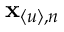
\mathbf { x } _ { \langle u \rangle , n }